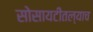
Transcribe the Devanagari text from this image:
सोसायटीतल्याच